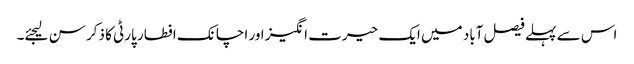
اس سے پہلے فیصل آباد میں ایک حیرت انگیز اور اچانک افطار پارٹی کا ذکر سن لیجئے۔